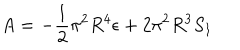
A = - \frac { 1 } { 2 } \pi ^ { 2 } R ^ { 4 } \epsilon + 2 \pi ^ { 2 } R ^ { 3 } S _ { 1 }